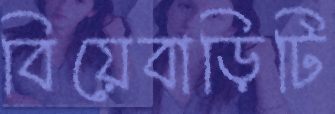
বিয়েবাড়িটি